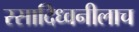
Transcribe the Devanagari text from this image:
रसादिध्वनीलाच